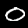
Digit: 0